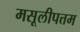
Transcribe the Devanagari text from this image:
मसूलीपत्तम